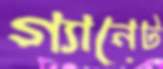
গ্যানেট